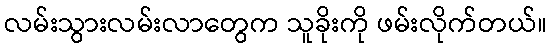
လမ်းသွားလမ်းလာတွေက သူခိုးကို ဖမ်းလိုက်တယ်။